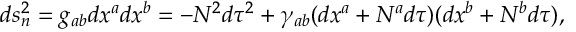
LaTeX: d s _ { n } ^ { 2 } = g _ { a b } d x ^ { a } d x ^ { b } = - N ^ { 2 } d \tau ^ { 2 } + \gamma _ { a b } ( d x ^ { a } + N ^ { a } d \tau ) ( d x ^ { b } + N ^ { b } d \tau ) ,